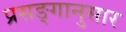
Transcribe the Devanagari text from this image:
प्रसङ्गानुसार